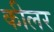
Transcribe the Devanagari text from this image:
कीलर